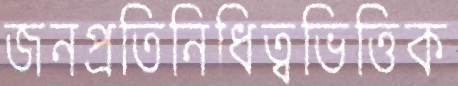
জনপ্রতিনিধিত্বভিত্তিক